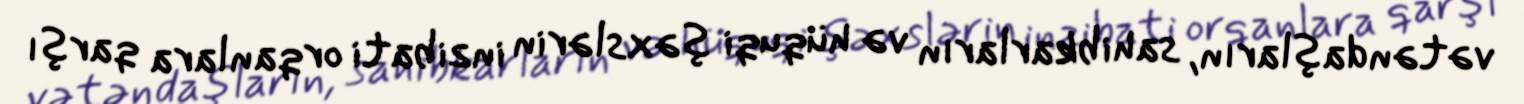
vətəndaşların, sahibkarların və hüquqi şəxslərin inzibati orqanlara qarşı